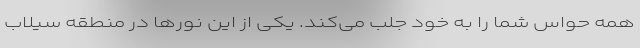
همه حواس شما را به خود جلب می‌کند. یکی از این نورها در منطقه سیلاب